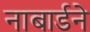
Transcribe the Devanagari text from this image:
नाबार्डने